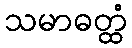
သမာဓတ္ထံ